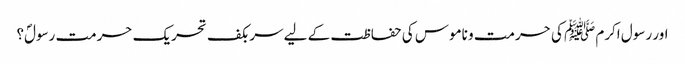
اور رسول اکرم ﷺ کی حرمت و ناموس کی حفاظت کے لیے سربکف تحریک حرمت رسولؐ؟